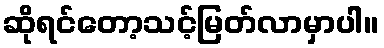
ဆိုရင်တော့သင့်မြတ်လာမှာပါ။